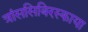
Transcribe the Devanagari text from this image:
त्रांससिबिरस्काया